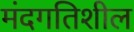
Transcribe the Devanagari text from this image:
मंदगतिशील